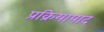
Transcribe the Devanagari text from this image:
प्रक्रियापाद